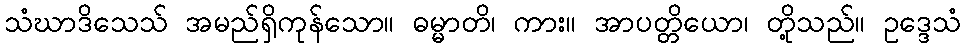
သံဃာဒိသေသ် အမည်ရှိကုန်သော။ ဓမ္မာတိ၊ ကား။ အာပတ္တိယော၊ တို့သည်။ ဥဒ္ဒေသံ